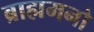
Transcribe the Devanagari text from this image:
ब्राह्ममनो